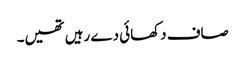
صاف دکھائی دے رہیں تھیں۔